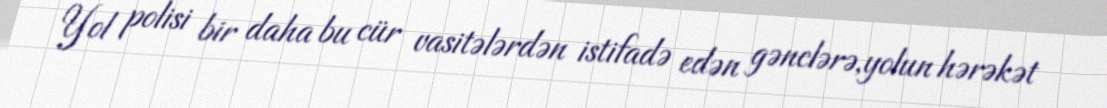
Yol polisi bir daha bu cür vasitələrdən istifadə edən gənclərə,yolun hərəkət